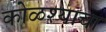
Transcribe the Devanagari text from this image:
कोळश्याचा